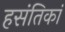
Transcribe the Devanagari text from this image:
हसंतिकां